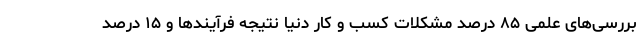
بررسی‌های علمی ۸۵ درصد مشکلات کسب و کار دنیا نتیجه فرآیندها و ۱۵ درصد